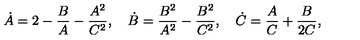
\dot { A } = 2 - \frac { B } { A } - \frac { A ^ { 2 } } { C ^ { 2 } } , \quad \dot { B } = \frac { B ^ { 2 } } { A ^ { 2 } } - \frac { B ^ { 2 } } { C ^ { 2 } } , \quad \dot { C } = \frac { A } { C } + \frac { B } { 2 C } ,